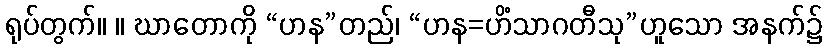
ရုပ်တွက်။ ။ ဃာတောကို “ဟန”တည်၊ “ဟန=ဟိံသာဂတီသု”ဟူသော အနက်၌